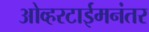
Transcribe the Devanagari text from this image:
ओव्हरटाईमनंतर